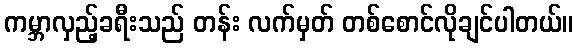
ကမ္ဘာလှည့်ခရီးသည် တန်း လက်မှတ် တစ်စောင်လိုချင်ပါတယ်။